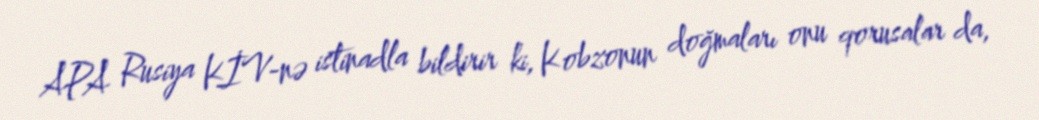
APA Rusiya KİV-nə istinadla bildirir ki, Kobzonun doğmaları onu qorusalar da,